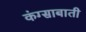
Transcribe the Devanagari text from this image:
कंग्साबाती